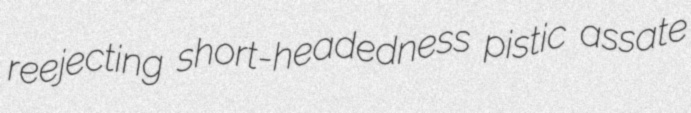
reejecting short-headedness pistic assate